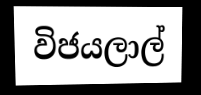
විජයලාල්